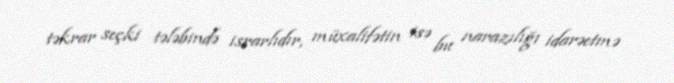
təkrar seçki tələbində israrlıdır, müxalifətin isə bu narazılığı idarəetmə